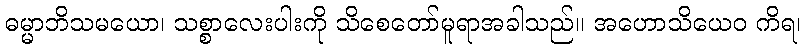
ဓမ္မာဘိသမယော၊ သစ္စာလေးပါးကို သိစေတော်မူရာအခါသည်။ အဟောသိယေဝ ကိရ၊